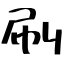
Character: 刷